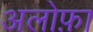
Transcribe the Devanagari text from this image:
अलोफ़ा